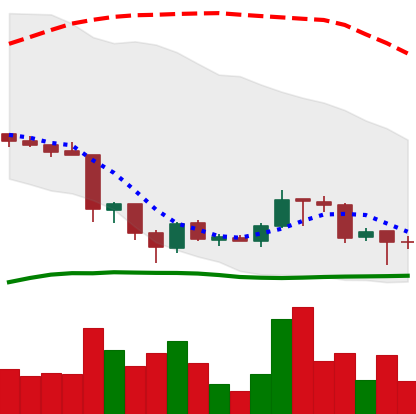
Ticker: TRX-USD
Chart end date: 2018-06-25
Forward return: -9.271%
Label: down_7plus